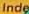
Inde